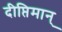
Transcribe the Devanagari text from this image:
दीप्तिमान्